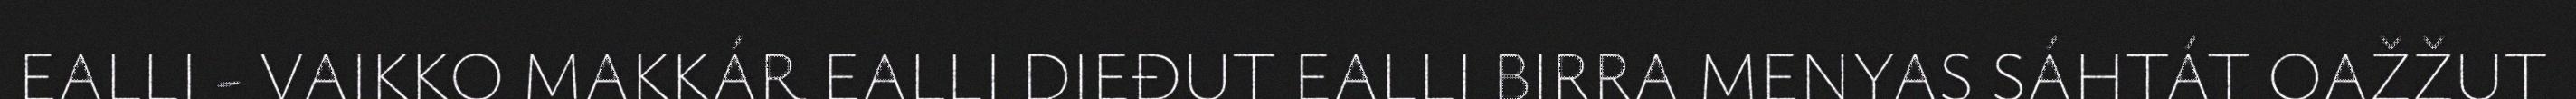
EALLI - VAIKKO MAKKÁR EALLI DIEĐUT EALLI BIRRA MENYAS SÁHTÁT OAŽŽUT